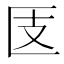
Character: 𰅪